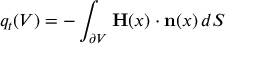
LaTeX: q _ { t } ( V ) = - \int _ { \partial V } \mathbf { H } ( x ) \cdot \mathbf { n } ( x ) \, d S